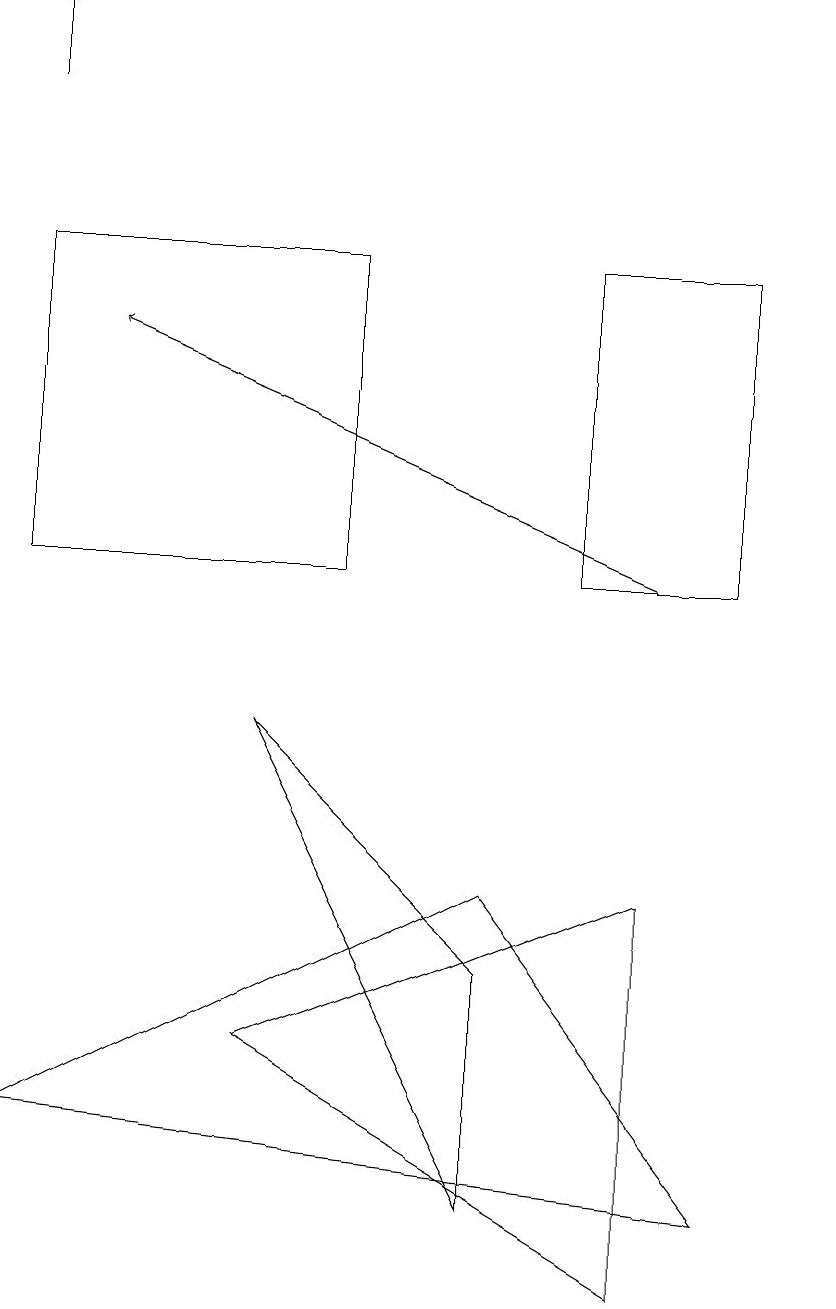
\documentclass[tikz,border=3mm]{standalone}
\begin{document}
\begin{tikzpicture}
\draw (9,3) -- (6,7) -- (0,4) -- cycle;
\draw[->] (0,17) -- (0,18);
\draw (0,15) rectangle (4,11);
\draw (10,10) circle (0);
\draw[->] (8,11) -- (1,14);
\draw (9,11) rectangle (7,15);
\draw (3,9) -- (6,6) -- (6,3) -- cycle;
\draw (3,5) -- (8,7) -- (8,2) -- cycle;
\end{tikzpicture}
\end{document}